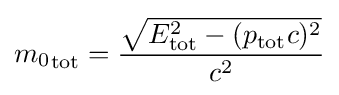
{m_{0}}_{\text{tot}}={\frac {\sqrt {E_{\text{tot}}^{2}-(p_{\text{tot}}c)^{2}}}{c^{2}}}